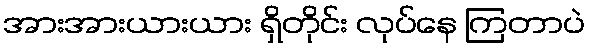
အားအားယားယား ရှိတိုင်း လုပ်နေ ကြတာပဲ